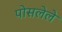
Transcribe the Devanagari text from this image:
पोसलेले